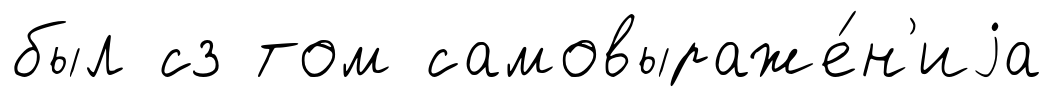
был сз том самовыраже́н'иjа